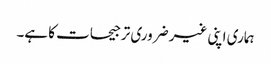
ہماری اپنی غیر ضروری ترجیحات کا ہے۔